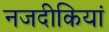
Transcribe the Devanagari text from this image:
नजदीकियां